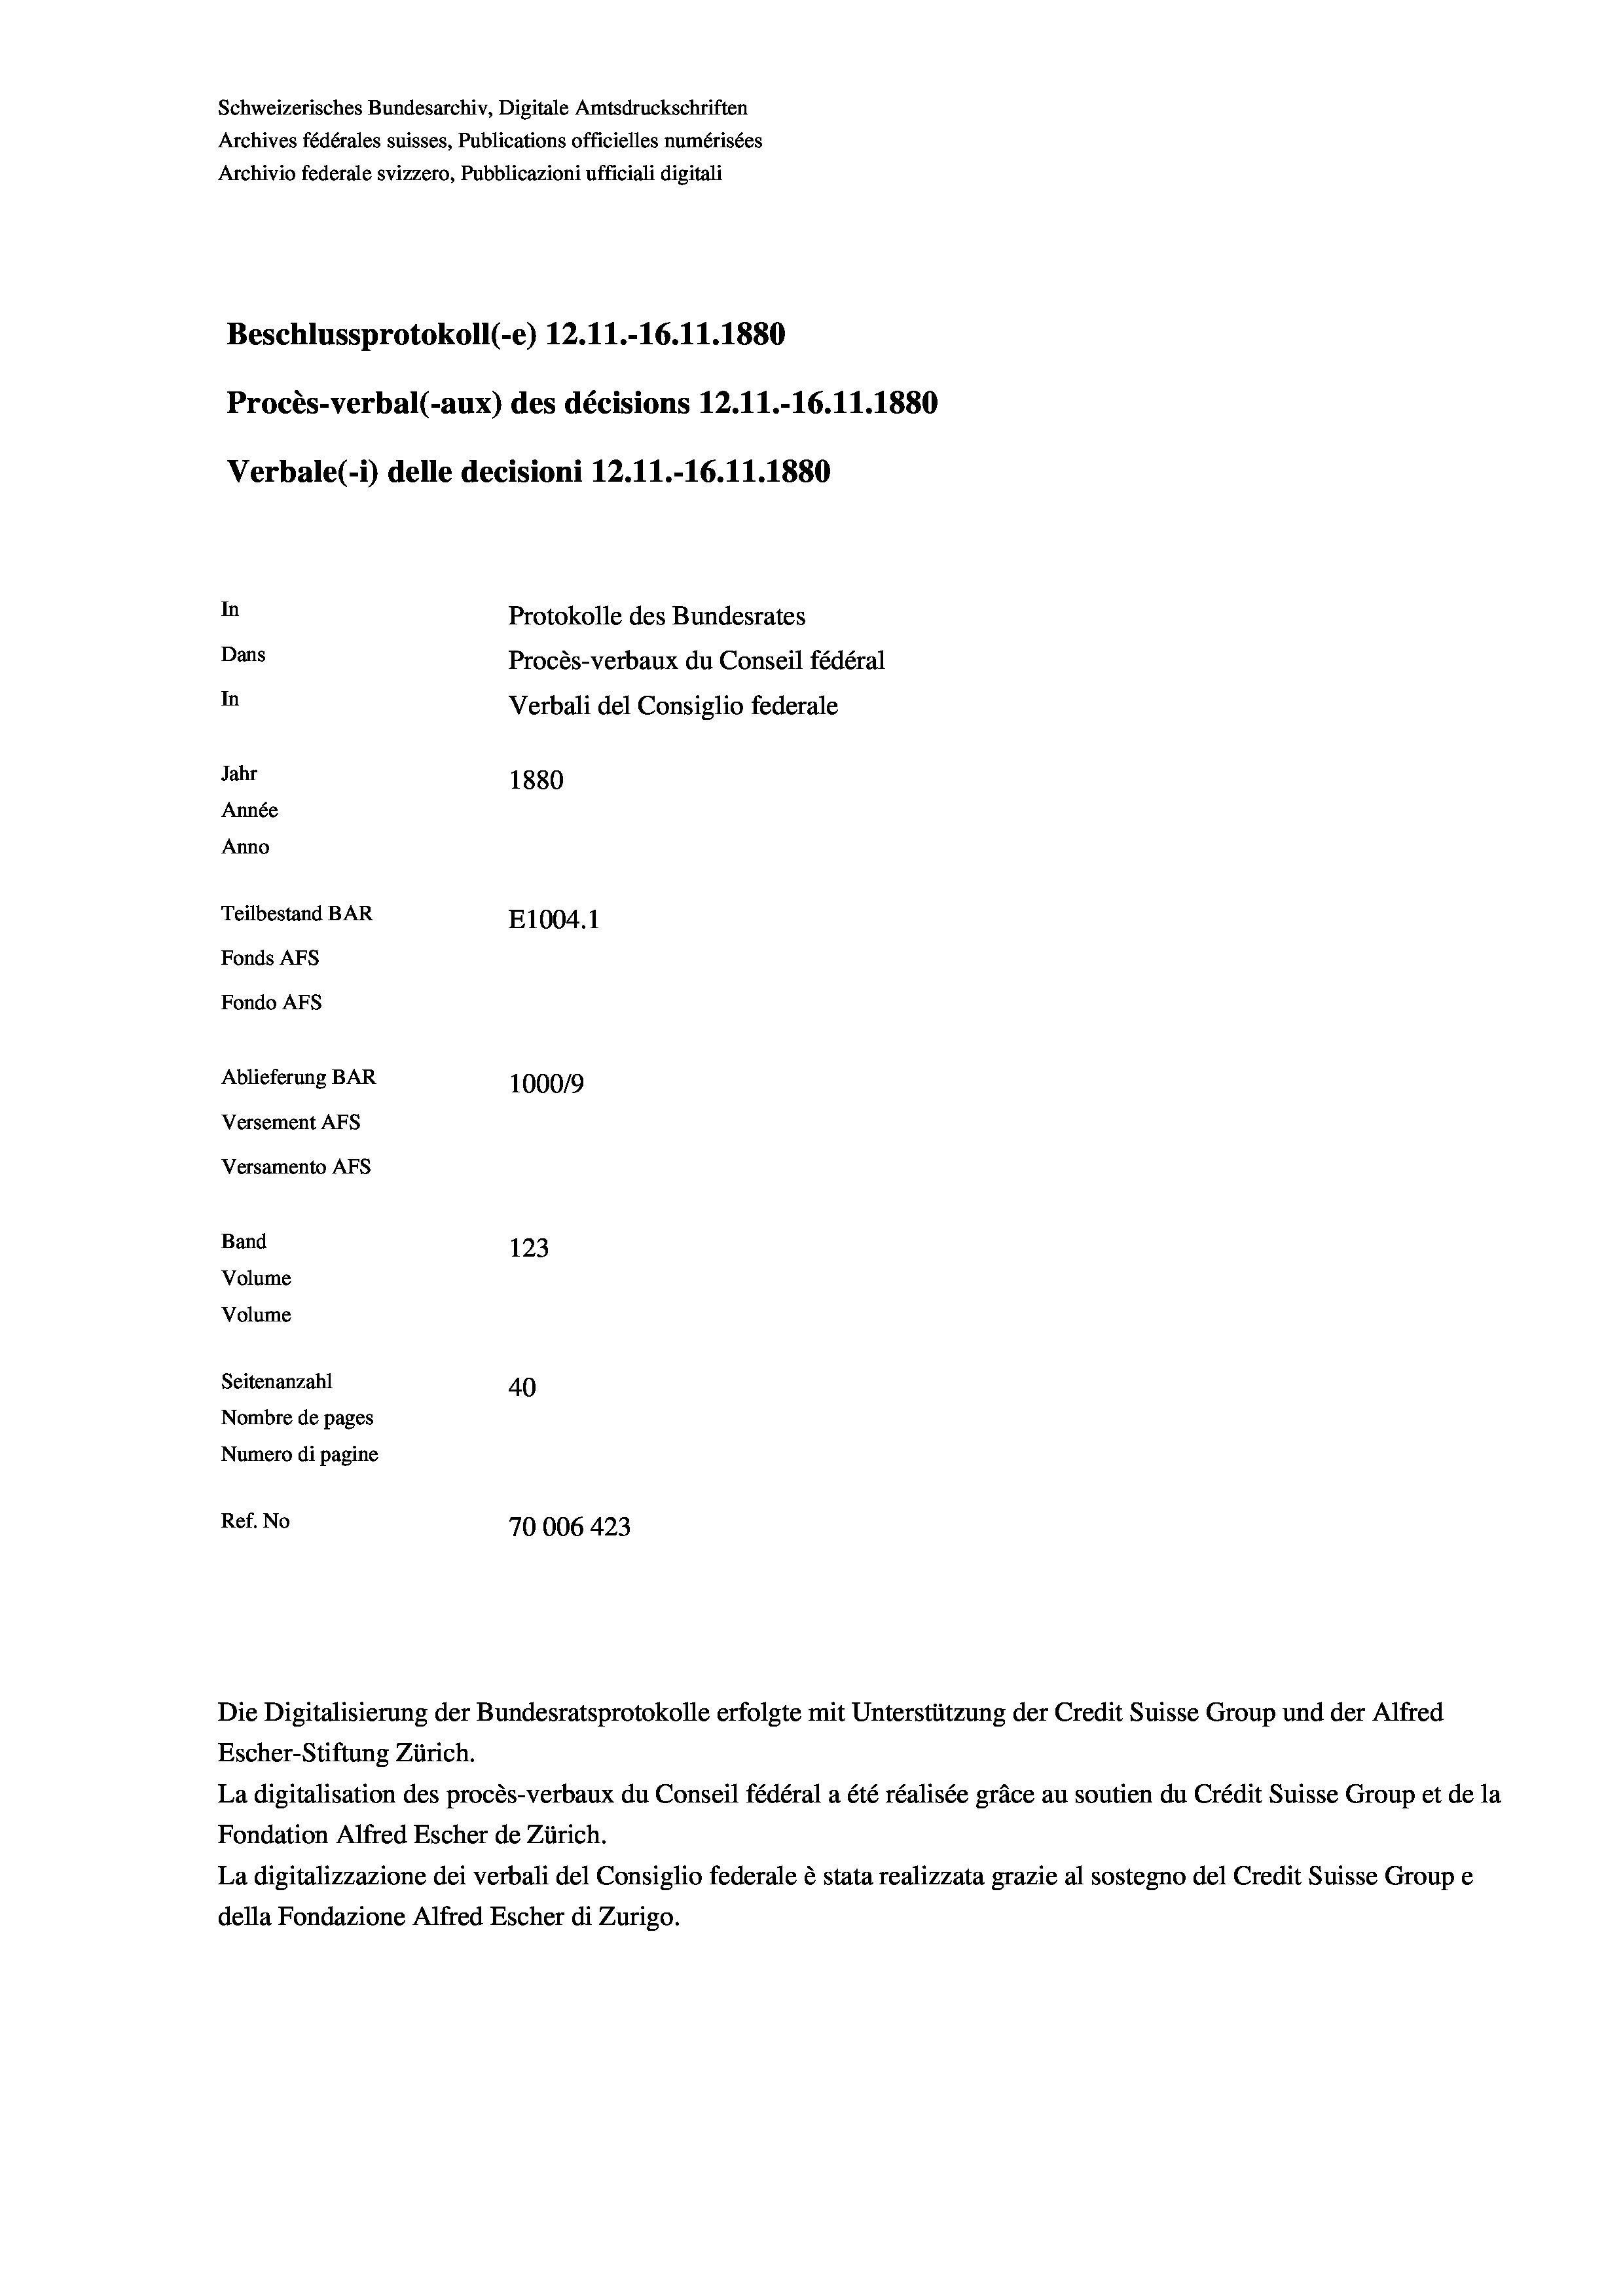
Schweizerisches Bundesarchiv, Digitale Amtsdruckschriften
Archives fédérales suisses, Publications officielles numérisées
Archivio federale svizzero, Pubblicazioni ufficiali digitali
Beschlussprotokoll (-e) 12.11.-16.11.1880
Procès-verbal (-aux) des décisions 12.11.-16.11.1880
Verbale(1) delle decisioni 12.11.-16.11.1880
In
Protokolle des Bundesrates
Dans
Procès-verbaux du Conseil fédéral
In
Verbali del Consiglio federale
Jahr
1880
Année
Anno
Teilbestand BAR
E1004.1
Fonds AFs
Fondo AFs
Ablieferung BAR
100019
Versement AFs
Versamento Afs
Band
123
Volume
Volume
Seitenanzahl
40
Nombre de pages
Numero di pagine
Ref. No
70006 423

Die Digitalisierung der Bundesratsprotokolle erfolgte mit Unterstützung der Credit Suisse Group und der Alfred
Escher-Stiftung Zürich.
La digitalisation des procès-verbaux du Conseil fédéral a été réalisée gräce au soutien du Crédit Suisse Group et de la
Fondation Alfred Escher de Zürich.
La digitalizzazione dei verbali del Consiglio federale è stata realizzata grazie al sostegno del Credit Suisse Groupe
della Fondazione Alfred Escher di Zurigo.